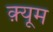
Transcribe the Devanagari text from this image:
क़्यूम